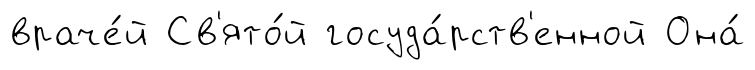
враче́й Св'ято́й госуда́рств'енной Она́